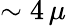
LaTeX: \sim 4\, \mu